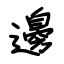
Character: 邊